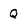
Character: Q